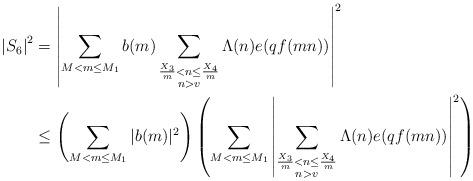
LaTeX: \begin{align*}\left| S_6 \right|^2 &= \left| \sum_{M < m \leq M_1} b(m) \sum_{\substack{ \frac{X_3}{m} < n \leq \frac{X_4}{m} \\ n > v} } \Lambda(n) e(q f(mn)) \right|^2 \\&\leq \left(\sum_{M < m \leq M_1} |b(m)|^2 \right) \left( \sum_{M < m \leq M_1} \left| \sum_{\substack{\frac{X_3}{m} < n \leq \frac{X_4}{m}\\ n >v }} \Lambda(n) e(q f(mn)) \right|^2 \right)\end{align*}